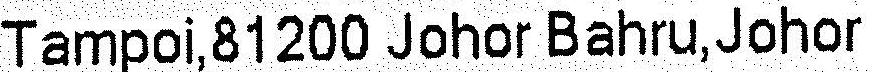
TAMPOI,81200 JOHOR BAHRU,JOHOR